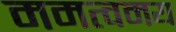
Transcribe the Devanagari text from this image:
ममत्वमय